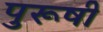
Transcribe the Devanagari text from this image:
पुरूषी